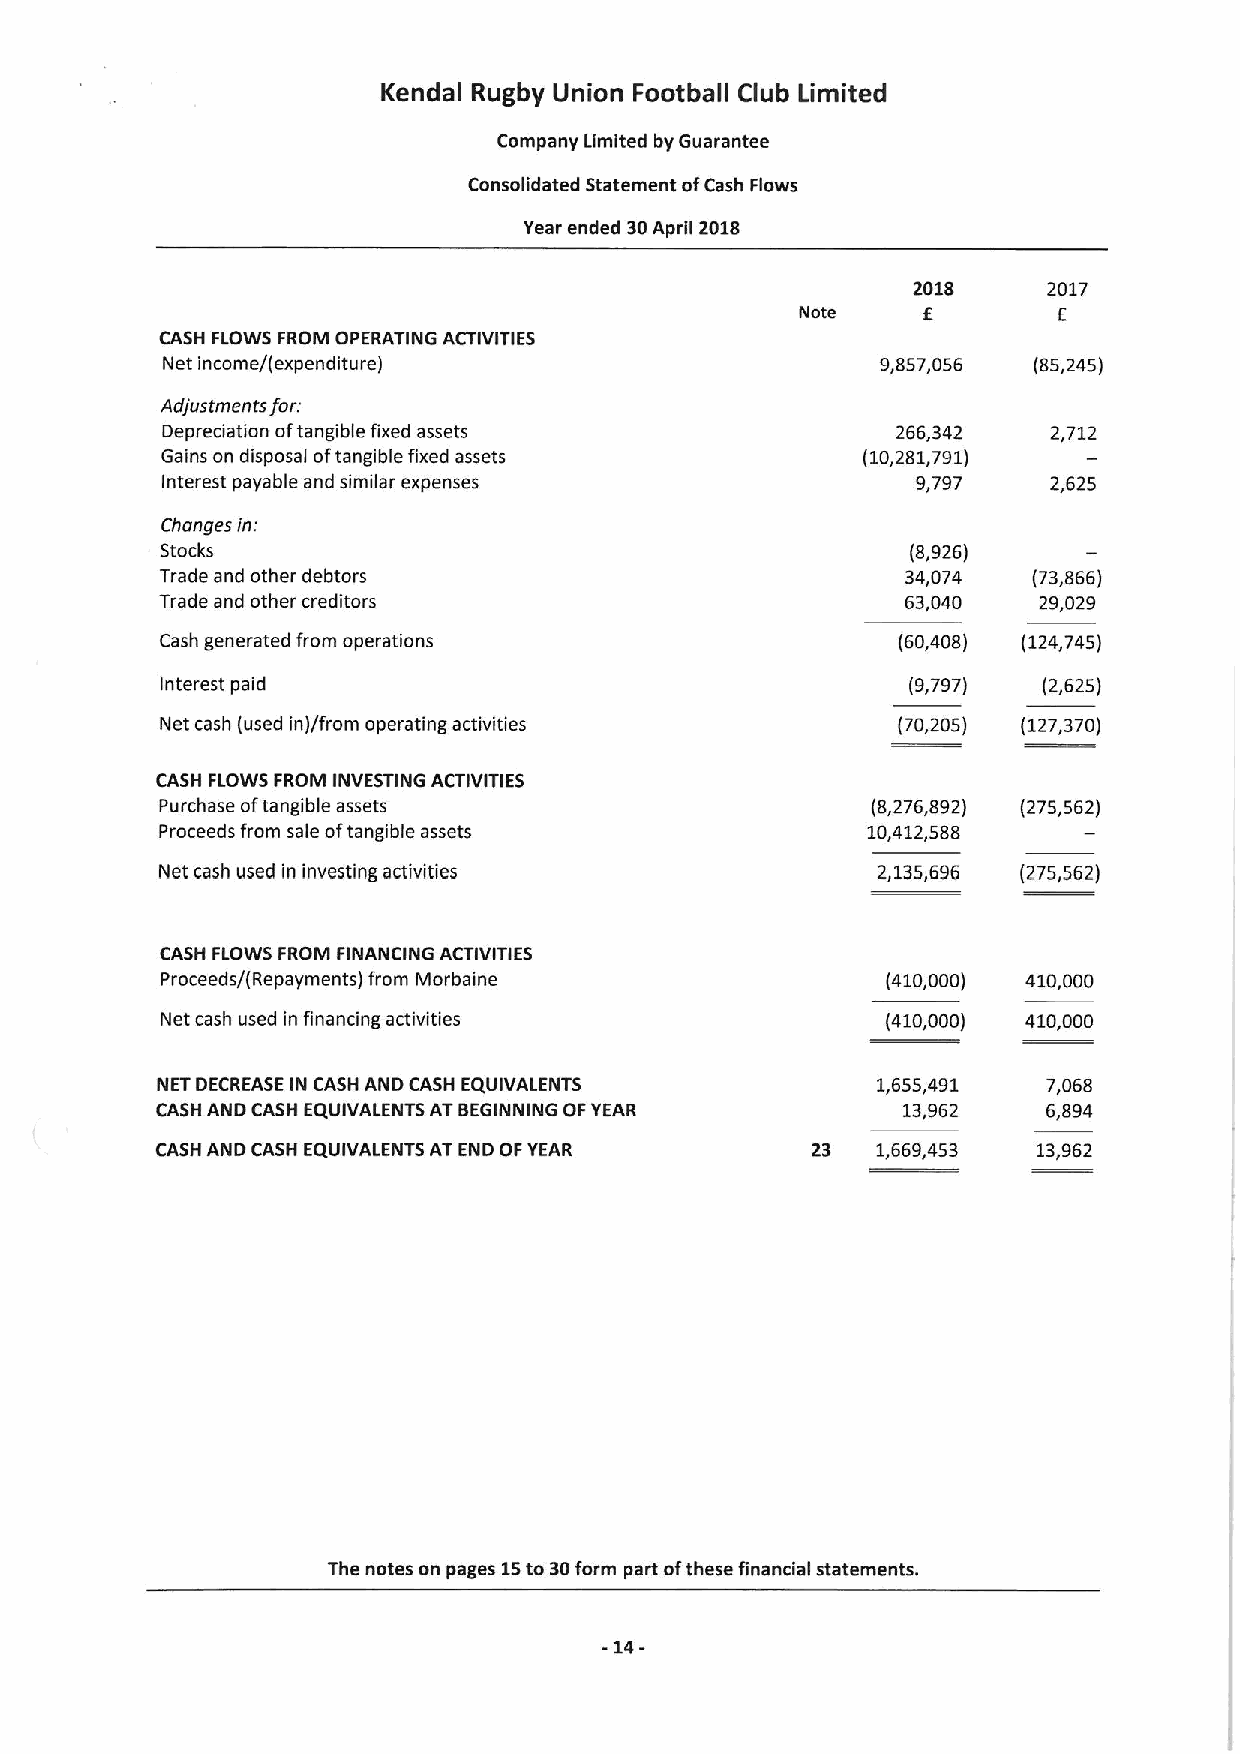
Kendal Rugby Union Football Club Limited
 Company Limited by Guarantee
 Consolidated Statement ofCash Flows
 Year ended 30April 2018
 2018     2017
 Note    E        E
 CASH FLOWS FROM OPERATING ACTIVITIES
 Net income/(expenditure)                       9,857,056 (85,245)
 Adjustments for:
 Depreciation oftangible fixed assets            266,342    2,712
 Gains on disposal oftangible fixed assets     (10,281,791)
 Interest payable and similar expenses             9,797    2,625
 Changes in:
 Stocks                                           (8,926)
 Trade and other debtors                          34,074  (73,866)
 Trade and other creditors                        63,040   29,029
 Cash generated from operations                  (60,408) (124,745)
 Interest paid                                    (9797)   (2,625)
 Net cash (used in)/from operating activities    (70,205) (127,370)
 CASH FLOWS FROM INVESTING ACTIVITIES
 Purchase oftangible assets                     (8,276,892) (275,562)
 Proceeds from sale oftangible assets          10,412,588
 Net cash used in investing activities          2,135,696 (275,562)
 CASH FLOWS FROM FINANCING ACTIVITIES
 Proceeds/(Repayments) from Morbaine             (410,000) 410,000
 Net cash used in financing activities           (410,000) 410,000
 NET DECREASE IN CASH AND CASH EQUIVALENTS       1,655,491  7,068
 CASH AND CASH EQUIVALENTS ATBEGINNING OFYEAR      13,962   6,894
 CASH AND CASH EQUIVALENTS AT END OFYEAR     23  1,669,453  13,962
 The notes on pages 15to 30form part ofthese financial statements.
 -14-